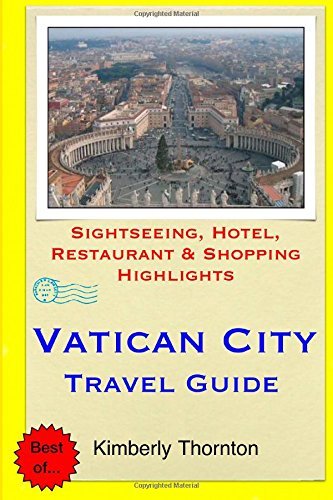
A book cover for By Kimberly Thornton Vatican City Travel Guide: Sightseeing, Hotel, Restaurant & Shopping Highlights [Paperback]; Travel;